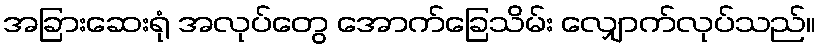
အခြားဆေးရုံ အလုပ်တွေ အောက်ခြေသိမ်း လျှောက်လုပ်သည်။